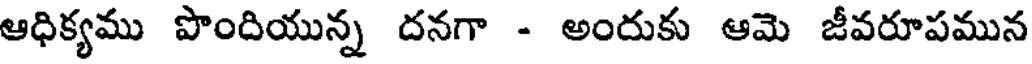
ఆధిక్యము పొందియున్న దనగా - అంరుకు ఆమె జీవరూపమున